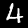
Digit: 4